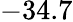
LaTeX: -34.7